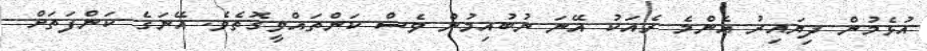
އުޅެމުން ދިޔައިރު އެންމެ ރެއަކު އޭނަ ނުބުއިމުން ވެސް ކަންތައްވީގޮތެވެ. އޭނަގެ ކަންފަތަށް